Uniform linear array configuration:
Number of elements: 24
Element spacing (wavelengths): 1
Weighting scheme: binomial
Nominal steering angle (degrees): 60
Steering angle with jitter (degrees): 59.618
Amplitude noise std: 0.05
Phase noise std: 0.05

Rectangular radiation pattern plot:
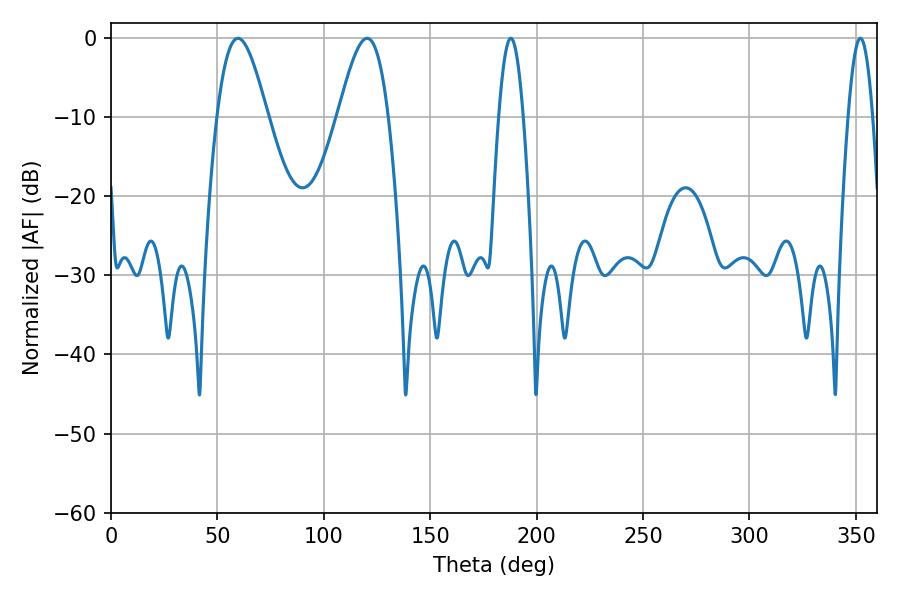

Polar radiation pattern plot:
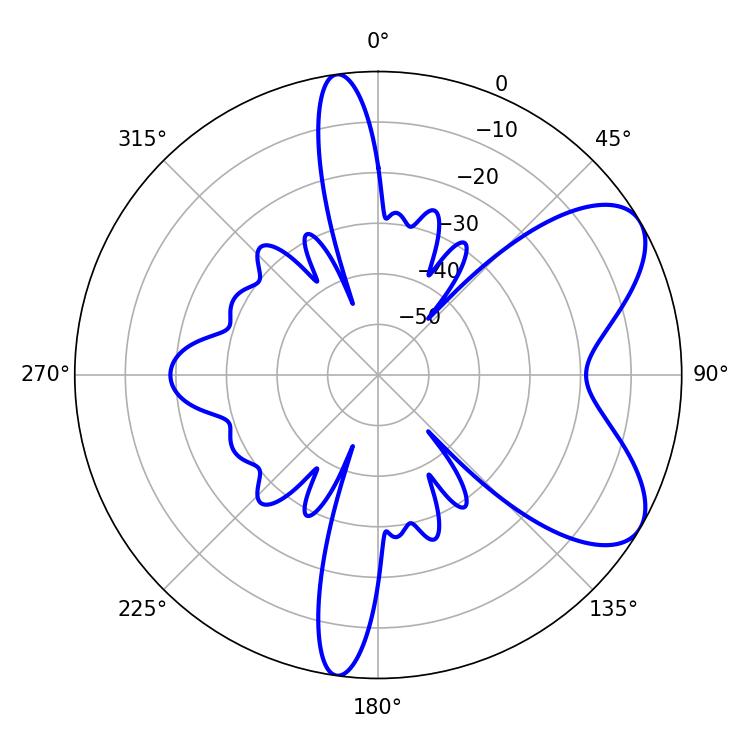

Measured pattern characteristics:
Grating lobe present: TRUE
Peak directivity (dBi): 7.072
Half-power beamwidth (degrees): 12.6
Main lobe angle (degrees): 59.58